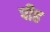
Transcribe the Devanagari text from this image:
पीह